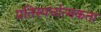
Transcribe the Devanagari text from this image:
प्रतिस्‍पर्धात्‍मकता